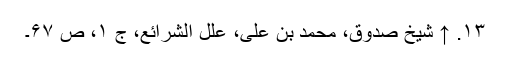
۱۳. ↑ شیخ صدوق، محمد بن علی، علل الشرائع، ج ۱، ص ۶۷۔